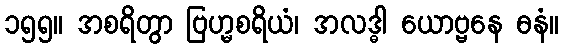
၁၅၅။ အစရိတွာ ဗြဟ္မစရိယံ၊ အလဒ္ဓါ ယောဗ္ဗနေ ဓနံ။